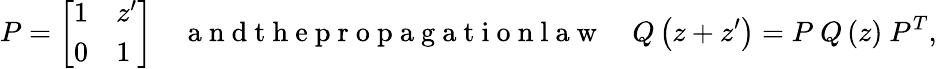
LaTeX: P=\left[\begin{array}{ll}{1}&{z^{\prime}}\\ {0}&{1}\end{array}\right]\mathrm{~~~~~a~n~d~t~h~e~p~r~o~p~a~g~a~t~i~o~n~l~a~w~~~~~}Q\left(z+z^{\prime}\right)=P~Q\left(z\right)~P^{T},